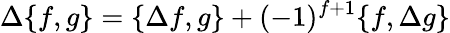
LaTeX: \Delta\{ f,g\} =\{ \Delta f,g\} +(-1)^{f+1}\{ f,\Delta g\}